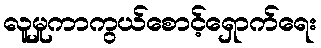
လူမှုကာကွယ်စောင့်ရှောက်ရေး